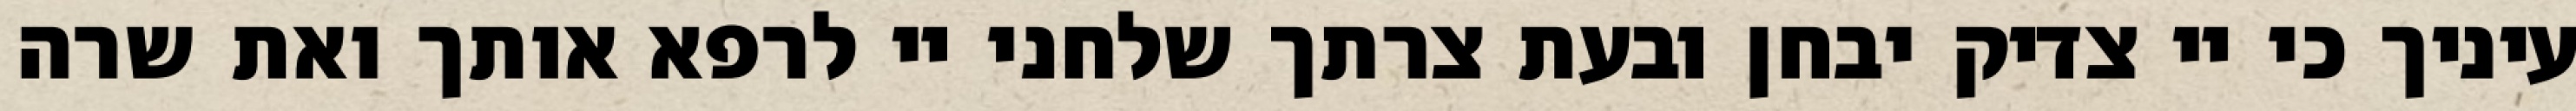
עיניך כי יי צדיק יבחן ובעת צרתך שלחני יי לרפא אותך ואת שרה